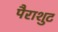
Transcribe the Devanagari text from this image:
पैराशुट